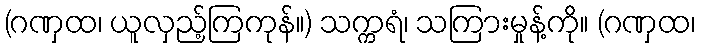
(ဂဏှထ၊ ယူလှည့်ကြကုန်။) သက္ကရံ၊ သကြားမှုန့်ကို။ (ဂဏှထ၊